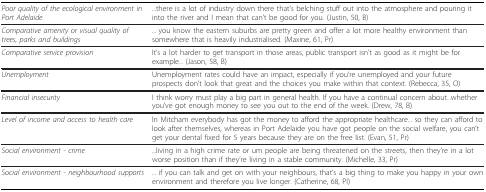
<table><thead><tr><td><b><i>Poor quality of the ecological environment in Port Adelaide</i></b></td><td><b>...there is a lot of industry down there that&#x27;s belching stuff out into the atmosphere and pouring it into the river and I mean that can&#x27;t be good for you. (Justin, 50, B)</b></td></tr></thead><tbody><tr><td><i>Comparative amenity or visual quality of trees, parks and buildings</i></td><td>... you know the eastern suburbs are pretty green and offer a lot more healthy environment than somewhere that is heavily industrialised. (Maxine, 61, Pr)</td></tr><tr><td><i>Comparative service provision</i></td><td>It&#x27;s a lot harder to get transport in those areas, public transport isn&#x27;t as good as it might be for example... (Jason, 58, B)</td></tr><tr><td><i>Unemployment</i></td><td>Unemployment rates could have an impact, especially if you&#x27;re unemployed and your future prospects don&#x27;t look that great and the choices you make within that context. (Rebecca, 35, O)</td></tr><tr><td><i>Financial insecurity</i></td><td>I think worry must play a big part in general health. If you have a continual concern about...whether you&#x27;ve got enough money to see you out to the end of the week. (Drew, 78, B)</td></tr><tr><td><i>Level of income and access to health care</i></td><td>In Mitcham everybody has got the money to afford the appropriate healthcare... so they can afford to look after themselves, whereas in Port Adelaide you have got people on the social welfare, you can&#x27;t get your dental fixed for 5 years because they are on the free list. (Evan, 51, Pr)</td></tr><tr><td><i>Social environment - crime</i></td><td>...living in a high crime rate or um people are being threatened on the streets, then they&#x27;re in a lot worse position than if they&#x27;re living in a stable community. (Michelle, 33, Pr)</td></tr><tr><td><i>Social environment - neighbourhood supports</i></td><td>... if you can talk and get on with your neighbours, that&#x27;s a big thing to make you happy in your own environment and therefore you live longer. (Catherine, 68, Pl)</td></tr></tbody></table>